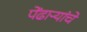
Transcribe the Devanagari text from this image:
पेंढाऱ्यांचे